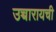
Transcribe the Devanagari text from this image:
उच्चारायची